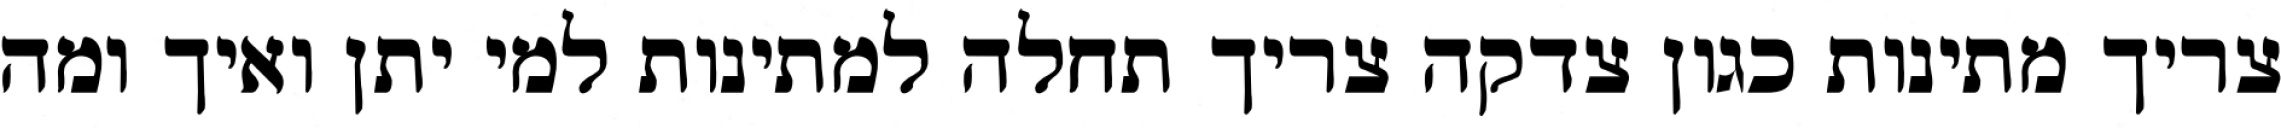
צריך מתינות כגון צדקה צריך תחלה למתינות למי יתן ואיך ומה